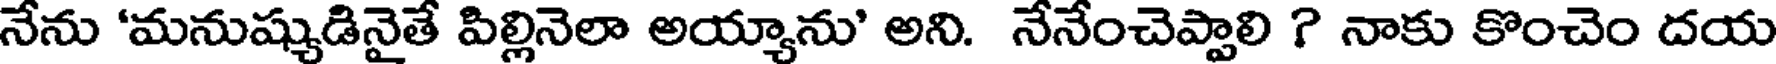
నేను 'మనుష్యుడినైతే పిల్లినెలా అయ్యాను' అని. నేనేంచెప్పాలి ? నాకు కొంచెం దయ